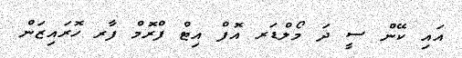
އައި ކޭން ސީ ދަ މޯލްޑަރ އޮފް އިޓް ފްރޮމް ފާރ ހޮރައިޒަން